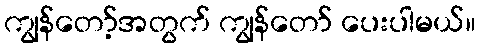
ကျွန်တော့်အတွက် ကျွန်တော် ပေးပါမယ်။